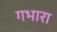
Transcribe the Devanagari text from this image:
गभारा